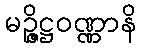
မဉ္ဇိဋ္ဌဝဏ္ဏာနိ